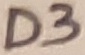
Text: D3